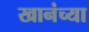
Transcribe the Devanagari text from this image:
खानंच्या